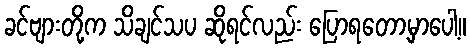
ခင်ဗျားတို့က သိချင်သပ ဆိုရင်လည်း ပြောရတော့မှာပေါ့။